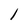
Character: l